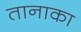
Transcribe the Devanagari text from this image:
तानाका